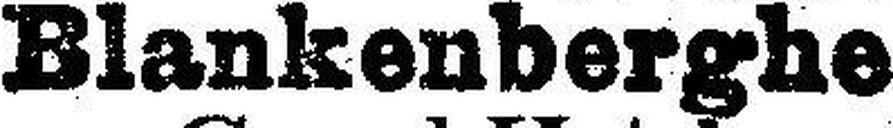
Blankenberghe